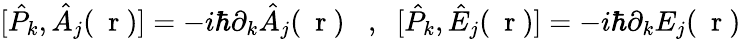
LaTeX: [\hat{P}_{k},\hat{A}_{j}(\mathrm{~\mathbf~r~})]=-i\hbar\partial_{k}\hat{A}_{j}(\mathrm{~\mathbf~r~})\; \; \; ,\; \; [\hat{P}_{k},\hat{E}_{j}(\mathrm{~\mathbf~r~})]=-i\hbar\partial_{k}{E}_{j}(\mathrm{~\mathbf~r~})